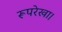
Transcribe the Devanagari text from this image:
रूपरेखा।